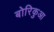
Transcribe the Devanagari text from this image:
बोरिकुआ